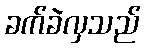
ခက်ခဲလှသည်